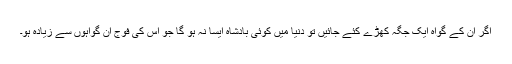
اگر اُن کے گواہ ایک جگہ کھڑے کئے جائیں تو دنیا میں کوئی بادشاہ ایسا نہ ہو گا جو اُس کی فوج ان گواہوں سے زیادہ ہو۔